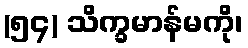
(၅၄) သိက္ခမာန်မကို၊